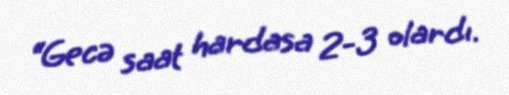
“Gecə saat hardasa 2-3 olardı.